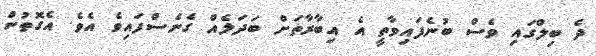
ދެ ބިލްގައި ވެސް ބުނެފައިވާތީ އެ އިބާރާތަށް ބަދަލެއް ގެނެސްފައިވެ އެވެ. އެގޮތުން